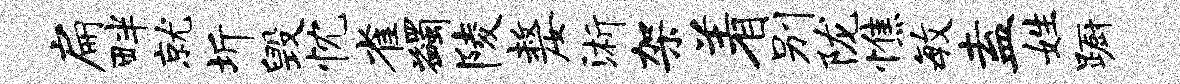
扁畔就圻毁忱雀蠲陵嫠浙架着别陇憔毓盍姓蹰